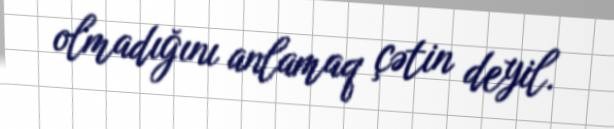
olmadığını anlamaq çətin deyil.